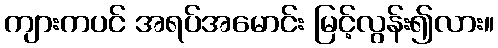
ကျားကပင် အရပ်အမောင်း မြင့်လွန်း၍လား။